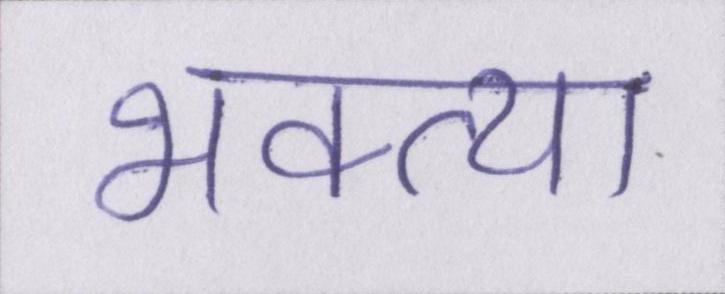
भक्त्या